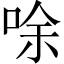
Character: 唋